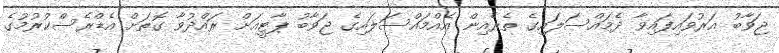
ޖަވާބު އަރުވައިފައިވާ ދެމައްސަލައިގެ ތެރެއިން އެއްމައްސަލައިގެ ޖަވާބު ޕާޓީއަށް ރައްދުވާ ގޮތަށް އެޑްރެސްކުރުމުގެ